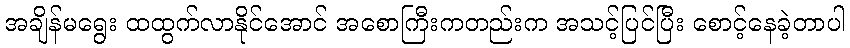
အချိန်မရွေး ထထွက်လာနိုင်အောင် အစောကြီးကတည်းက အသင့်ပြင်ပြီး စောင့်နေခဲ့တာပါ